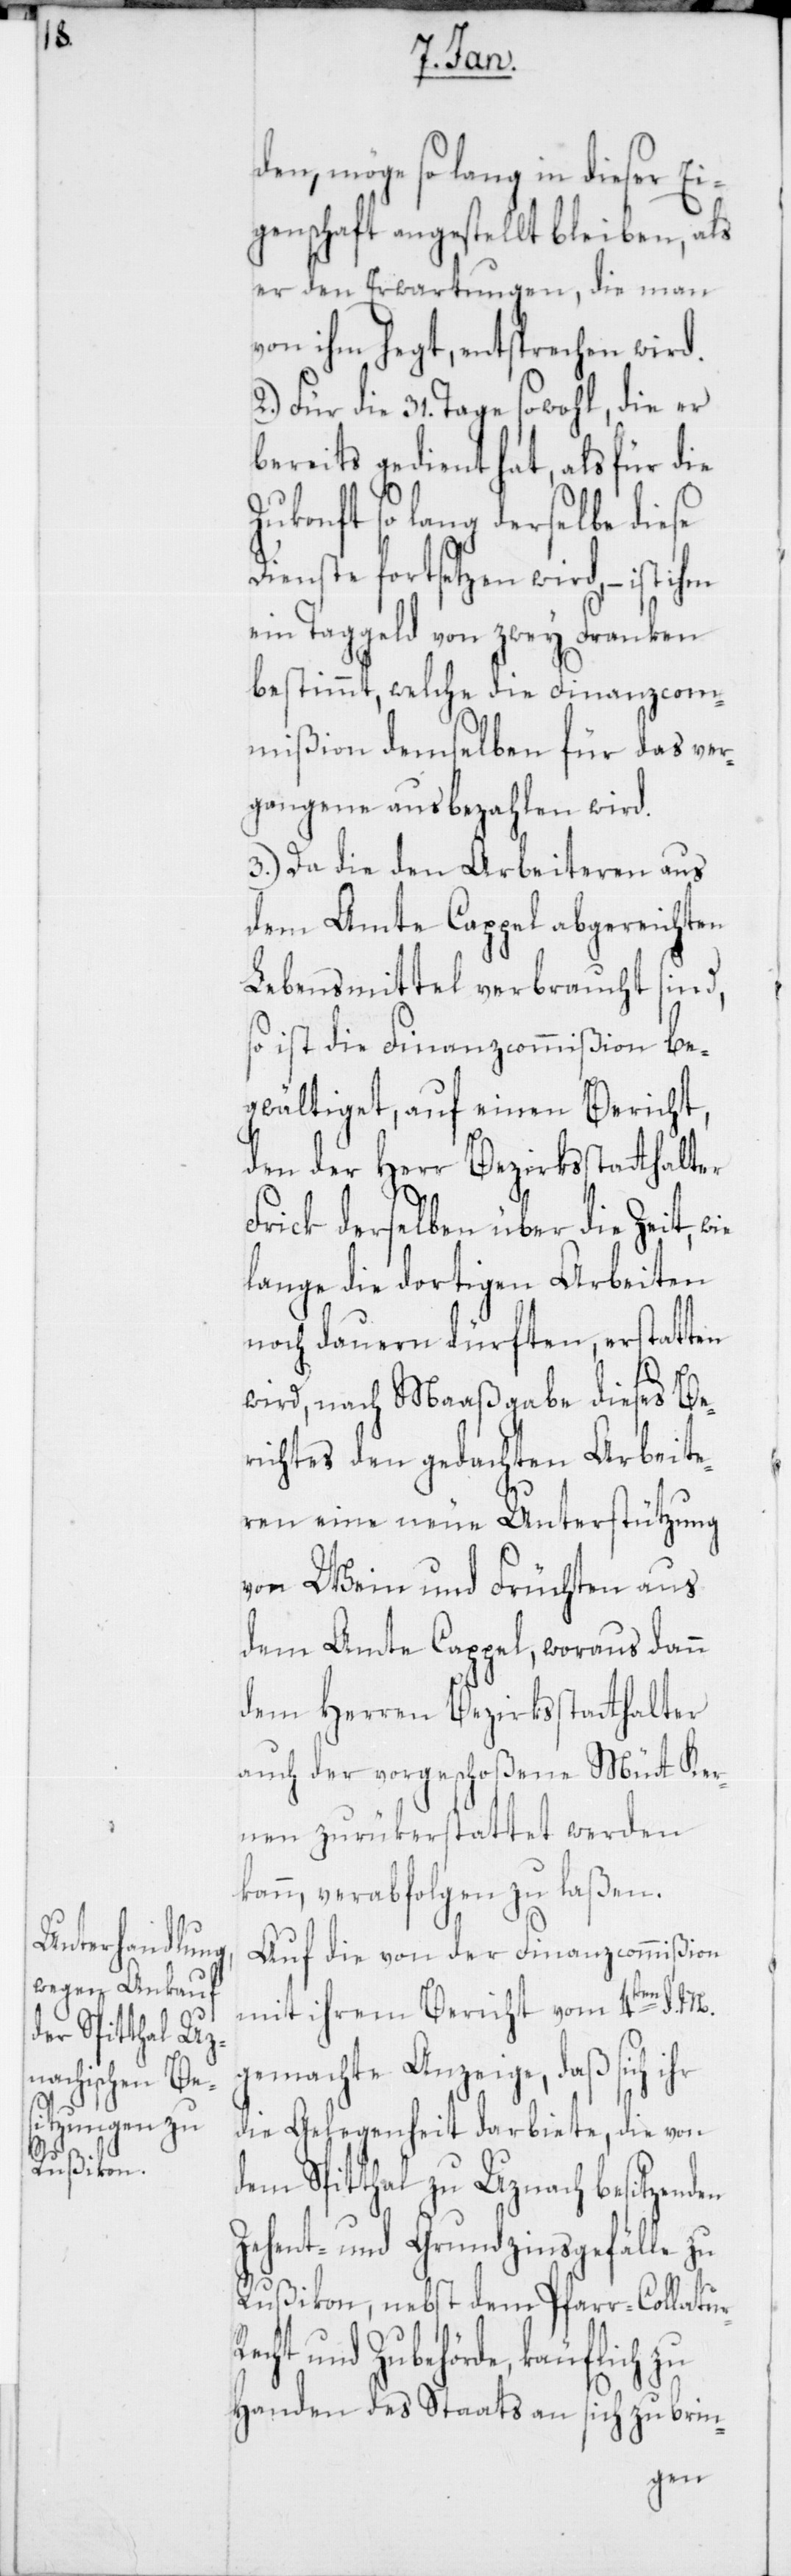
r-R¬

den, möge so lang in dieser Ei¬
genschaft angestellt bleiben, als
er den Erwartungen, die man
von ihm hegt, entsprechen wird.
2. Für die 31. Tage sowohl, die er
bereits gedient hat, als für die
kunft so lang derselbe diese
Dienste fortsetzen wird, – ist ihm
ein Taggeld von zwey Franken
bestimmt, welche die Finanzcom¬
mißion demselben für das ver¬
gangene ausbezahlen wird.
3. Da die den Arbeiteren aus
dem Amte Cappel abgereichten
Lebensmittel verbraucht sind,
so ist die Finanzcommißion be¬
gwältiget, auf einen Bericht,
den der Herr Bezirksstatthalter
Frick derselben über die Zeit,
lange die dortigen Arbeiten
noch dauern dürften, erstatten
wird, nach Maaßgabe dieses Be¬
richtes den gedachten Arbeite¬
ren eine neue Unterstützung
von Wein und Früchten aus
dem Amte Cappel, woraus dann
dem Herren Bezirksstatthalter
auch der vorgeschoßene Müt Ker¬
nen zurükerstattet werden
kann, verabfolgen zu laßen.
Auf die von der Finanzcommißion
mit ihrem Bericht vom 4ten d. M.
gemachte Anzeige, daß sich ihr
die Gelegenheit darbiete, die von
dem Spitthal zu Uznach besitzenden
Zehent- und Grundzinsgefälle zu
Rußikon, nebst dem Pfarr-Collatu¬
echt und Zubehörde, käuflich zu
Handen des Staats an sich zu brin-